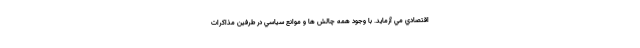
اقتصادي مي آزمايد. با وجود همه چالش ها و موانع سياسي در طرفين مذاكرات